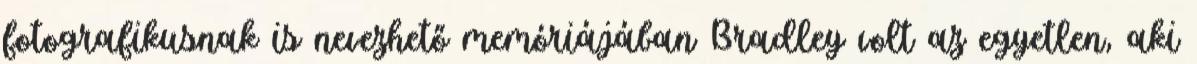
fotografikusnak is nevezhető memóriájában Bradley volt az egyetlen, aki